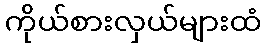
ကိုယ်စားလှယ်များထံ